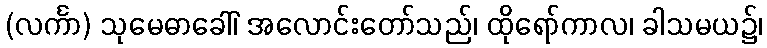
(လင်္ကာ) သုမေဓာခေါ်၊ အလောင်းတော်သည်၊ ထိုရော်ကာလ၊ ခါသမယ၌၊